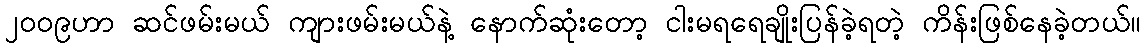
၂၀၀၉ဟာ ဆင်ဖမ်းမယ် ကျားဖမ်းမယ်နဲ့ နောက်ဆုံးတော့ ငါးမရရေချိုးပြန်ခဲ့ရတဲ့ ကိန်းဖြစ်နေခဲ့တယ်။